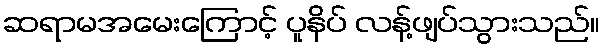
ဆရာမအမေးကြောင့် ပူနိပ် လန့်ဖျပ်သွားသည်။